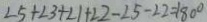
\angle 5 + \angle 3 + \angle 1 + \angle 2 - \angle 5 - \angle 2 = 1 8 0 ^ { \circ }